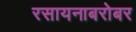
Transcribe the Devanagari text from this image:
रसायनाबरोबर